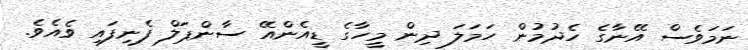
ނަމަވެސް އޭނާގެ ހެދުމުން ހަމަލަ ދިން މީހާގެ ޑީއެންއޭ ސާންޕަލް ފެނިފައި ވެއެވެ.